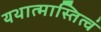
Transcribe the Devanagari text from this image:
यथात्मास्तित्वं